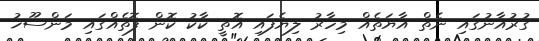
ގުރުއާނުގައި ނެތް އާޔަތެއް މިހާރު ލިޔެފައި އޮތީ ކާކު ކޮން ފޮތެއްގައި މަންސޫޚު